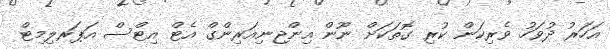
އަހަރު ދުވަހު ވެރިކަން ކުރި ގޮތަކަށް ނޫން އިންޖިނިއަރިންގް އެޓް އިޓްސް އަޕަރލިމިޓް